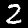
Label: 2